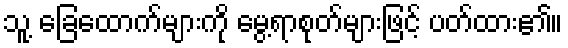
သူ့ ခြေထောက်များကို မွေ့ရာစုတ်များဖြင့် ပတ်ထား၏။